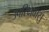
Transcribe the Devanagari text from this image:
उपरिक्षवासु